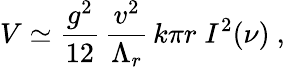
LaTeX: V\simeq\frac{g^{2}}{12}\, \frac{v^{2}}{\Lambda_{r}}\, k\pi r\; I^{2}(\nu)~,